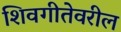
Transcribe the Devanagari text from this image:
शिवगीतेवरील